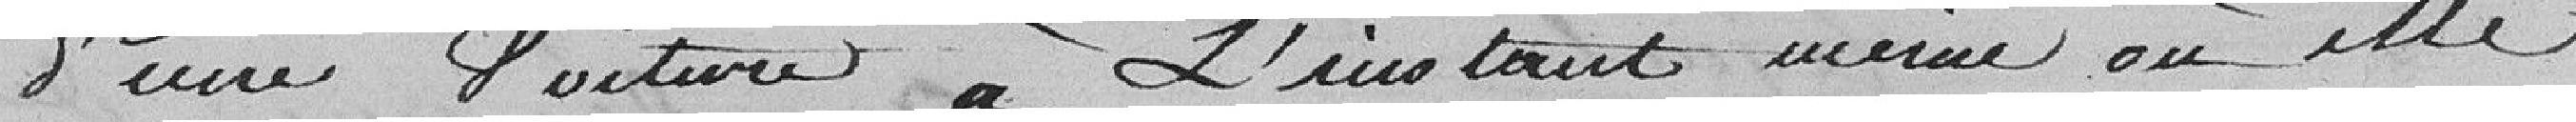
d'une voiture à l'instant même où elle